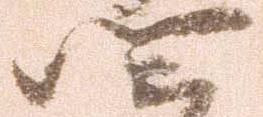
四